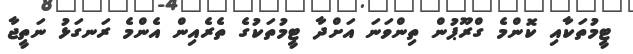
ޓީމުތަކާއި ކޮންމެ ގްރޫޕުން ތިންވަނަ އަށްދާ ޓީމުތަކުގެ ތެރެއިން އެންމެ ރަނގަޅު ނަތީޖާ